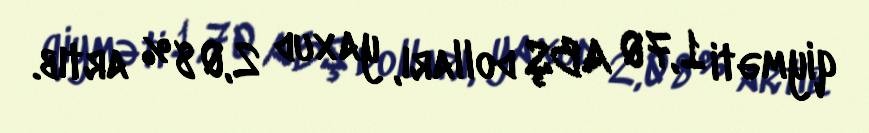
qiyməti 1,70 ABŞ dolları, yaxud 2,08 % artıb.